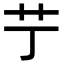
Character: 艼